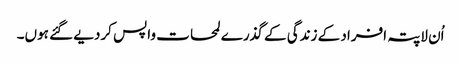
اُن لاپتہ افراد کے زندگی کے گذرے لمحات واپس کردیے گئے ہوں۔